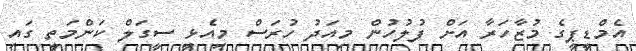
އެމްޑީޕީގެ މުޒާހަރާ އަށް ފުލުހުން މިއަދު ހުރަސް މިއެޅީ ސީގަލް ކަންމަތީ ގައި